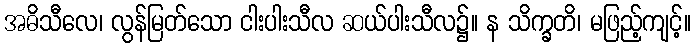
အဓိသီလေ၊ လွန်မြတ်သော ငါးပါးသီလ ဆယ်ပါးသီလ၌။ န သိက္ခတိ၊ မဖြည့်ကျင့်။